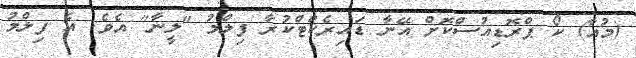
(މުއާ) ކޯ ޕްރޮޑިއުސްކޮށް އޭނާ ޑައިރެކްޓްކުރާ ފިލްމު "ލީނާ" އެވެ. އެ ފިލްމު